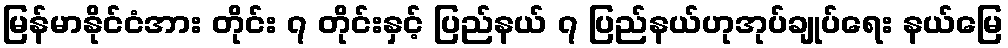
မြန်မာနိုင်ငံအား တိုင်း ၇ တိုင်းနှင့် ပြည်နယ် ၇ ပြည်နယ်ဟုအုပ်ချုပ်ရေး နယ်မြေ